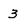
Character: 3